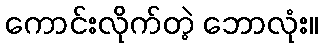
ကောင်းလိုက်တဲ့ ဘောလုံး။